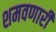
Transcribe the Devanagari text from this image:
शमवणारी